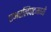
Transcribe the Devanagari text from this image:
एअरलिफ्टमध्ये